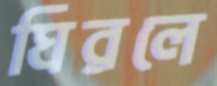
ঘিরলে